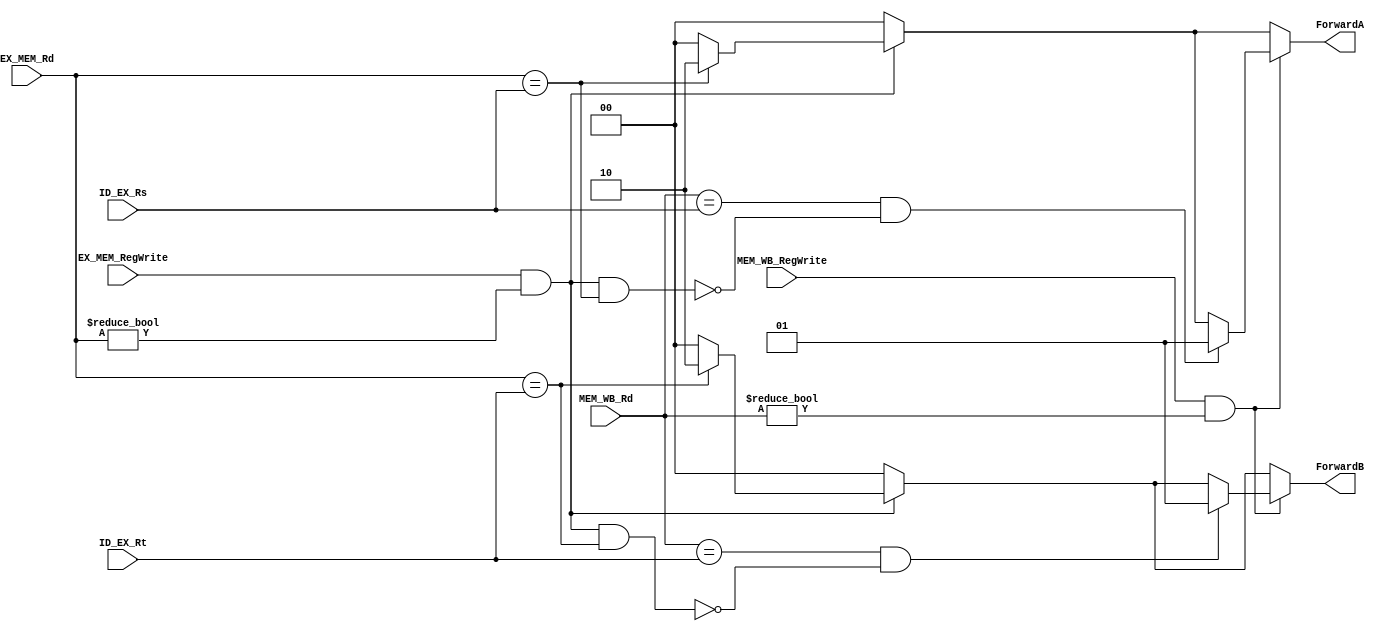
module Forward_Unit(
    input [4:0] EX_MEM_Rd, MEM_WB_Rd,
    input [4:0] ID_EX_Rs, ID_EX_Rt,
    input MEM_WB_RegWrite, EX_MEM_RegWrite,
    output reg [1:0] ForwardA, ForwardB
    );

    always @*
    begin
        // Default is 0 (not forwarding)
        ForwardA = 2'b00; ForwardB = 2'b00;
        
        // EX harzard
        if(EX_MEM_RegWrite && (EX_MEM_Rd != 32'd0)) begin
            if(EX_MEM_Rd == ID_EX_Rs)
                ForwardA = 2'b10;
            if(EX_MEM_Rd == ID_EX_Rt)
                ForwardB = 2'b10;
        end
        
        // MEM hazard
        if(MEM_WB_RegWrite && (MEM_WB_Rd != 32'd0)) begin
            if((MEM_WB_Rd == ID_EX_Rs) && !((EX_MEM_RegWrite) && (EX_MEM_Rd != 32'd0) && (EX_MEM_Rd == ID_EX_Rs)))
                ForwardA = 2'b01;
            if((MEM_WB_Rd == ID_EX_Rt) && !((EX_MEM_RegWrite) && (EX_MEM_Rd != 32'd0) && (EX_MEM_Rd == ID_EX_Rt)))
                ForwardB = 2'b01;
        end
        
    end
endmodule